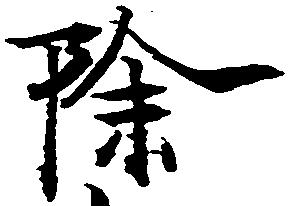
除